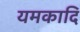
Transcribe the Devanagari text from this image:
यमकादि